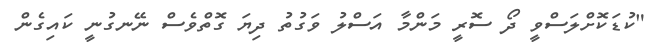
"ކުޑަކޮށްލަސްވީ ދޯ ސޮރީ މަންމާ އަސްލު ވަގުތު ދިޔަ ގޮތްވެސް ނޭނގުނީ ކައިގެން